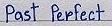
Past Perfect